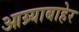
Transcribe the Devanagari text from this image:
आग्र्याबाहेर